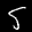
Label: 5